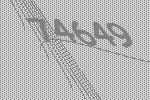
74649